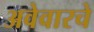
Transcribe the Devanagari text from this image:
अवेवारचे